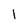
Character: 1